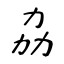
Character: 劦